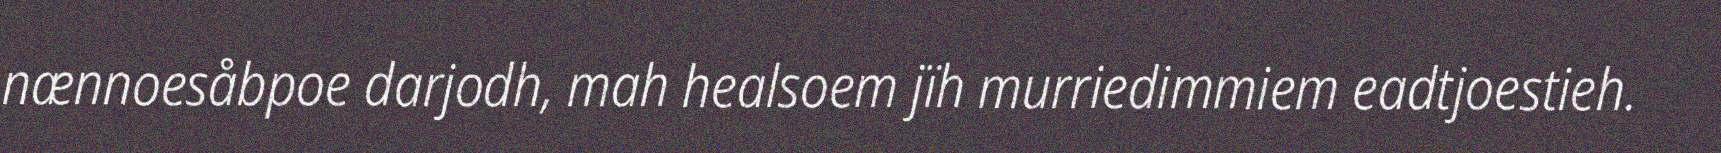
nænnoesåbpoe darjodh, mah healsoem jïh murriedimmiem eadtjoestieh.